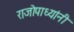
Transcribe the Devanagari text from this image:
राजोपाध्यांनी